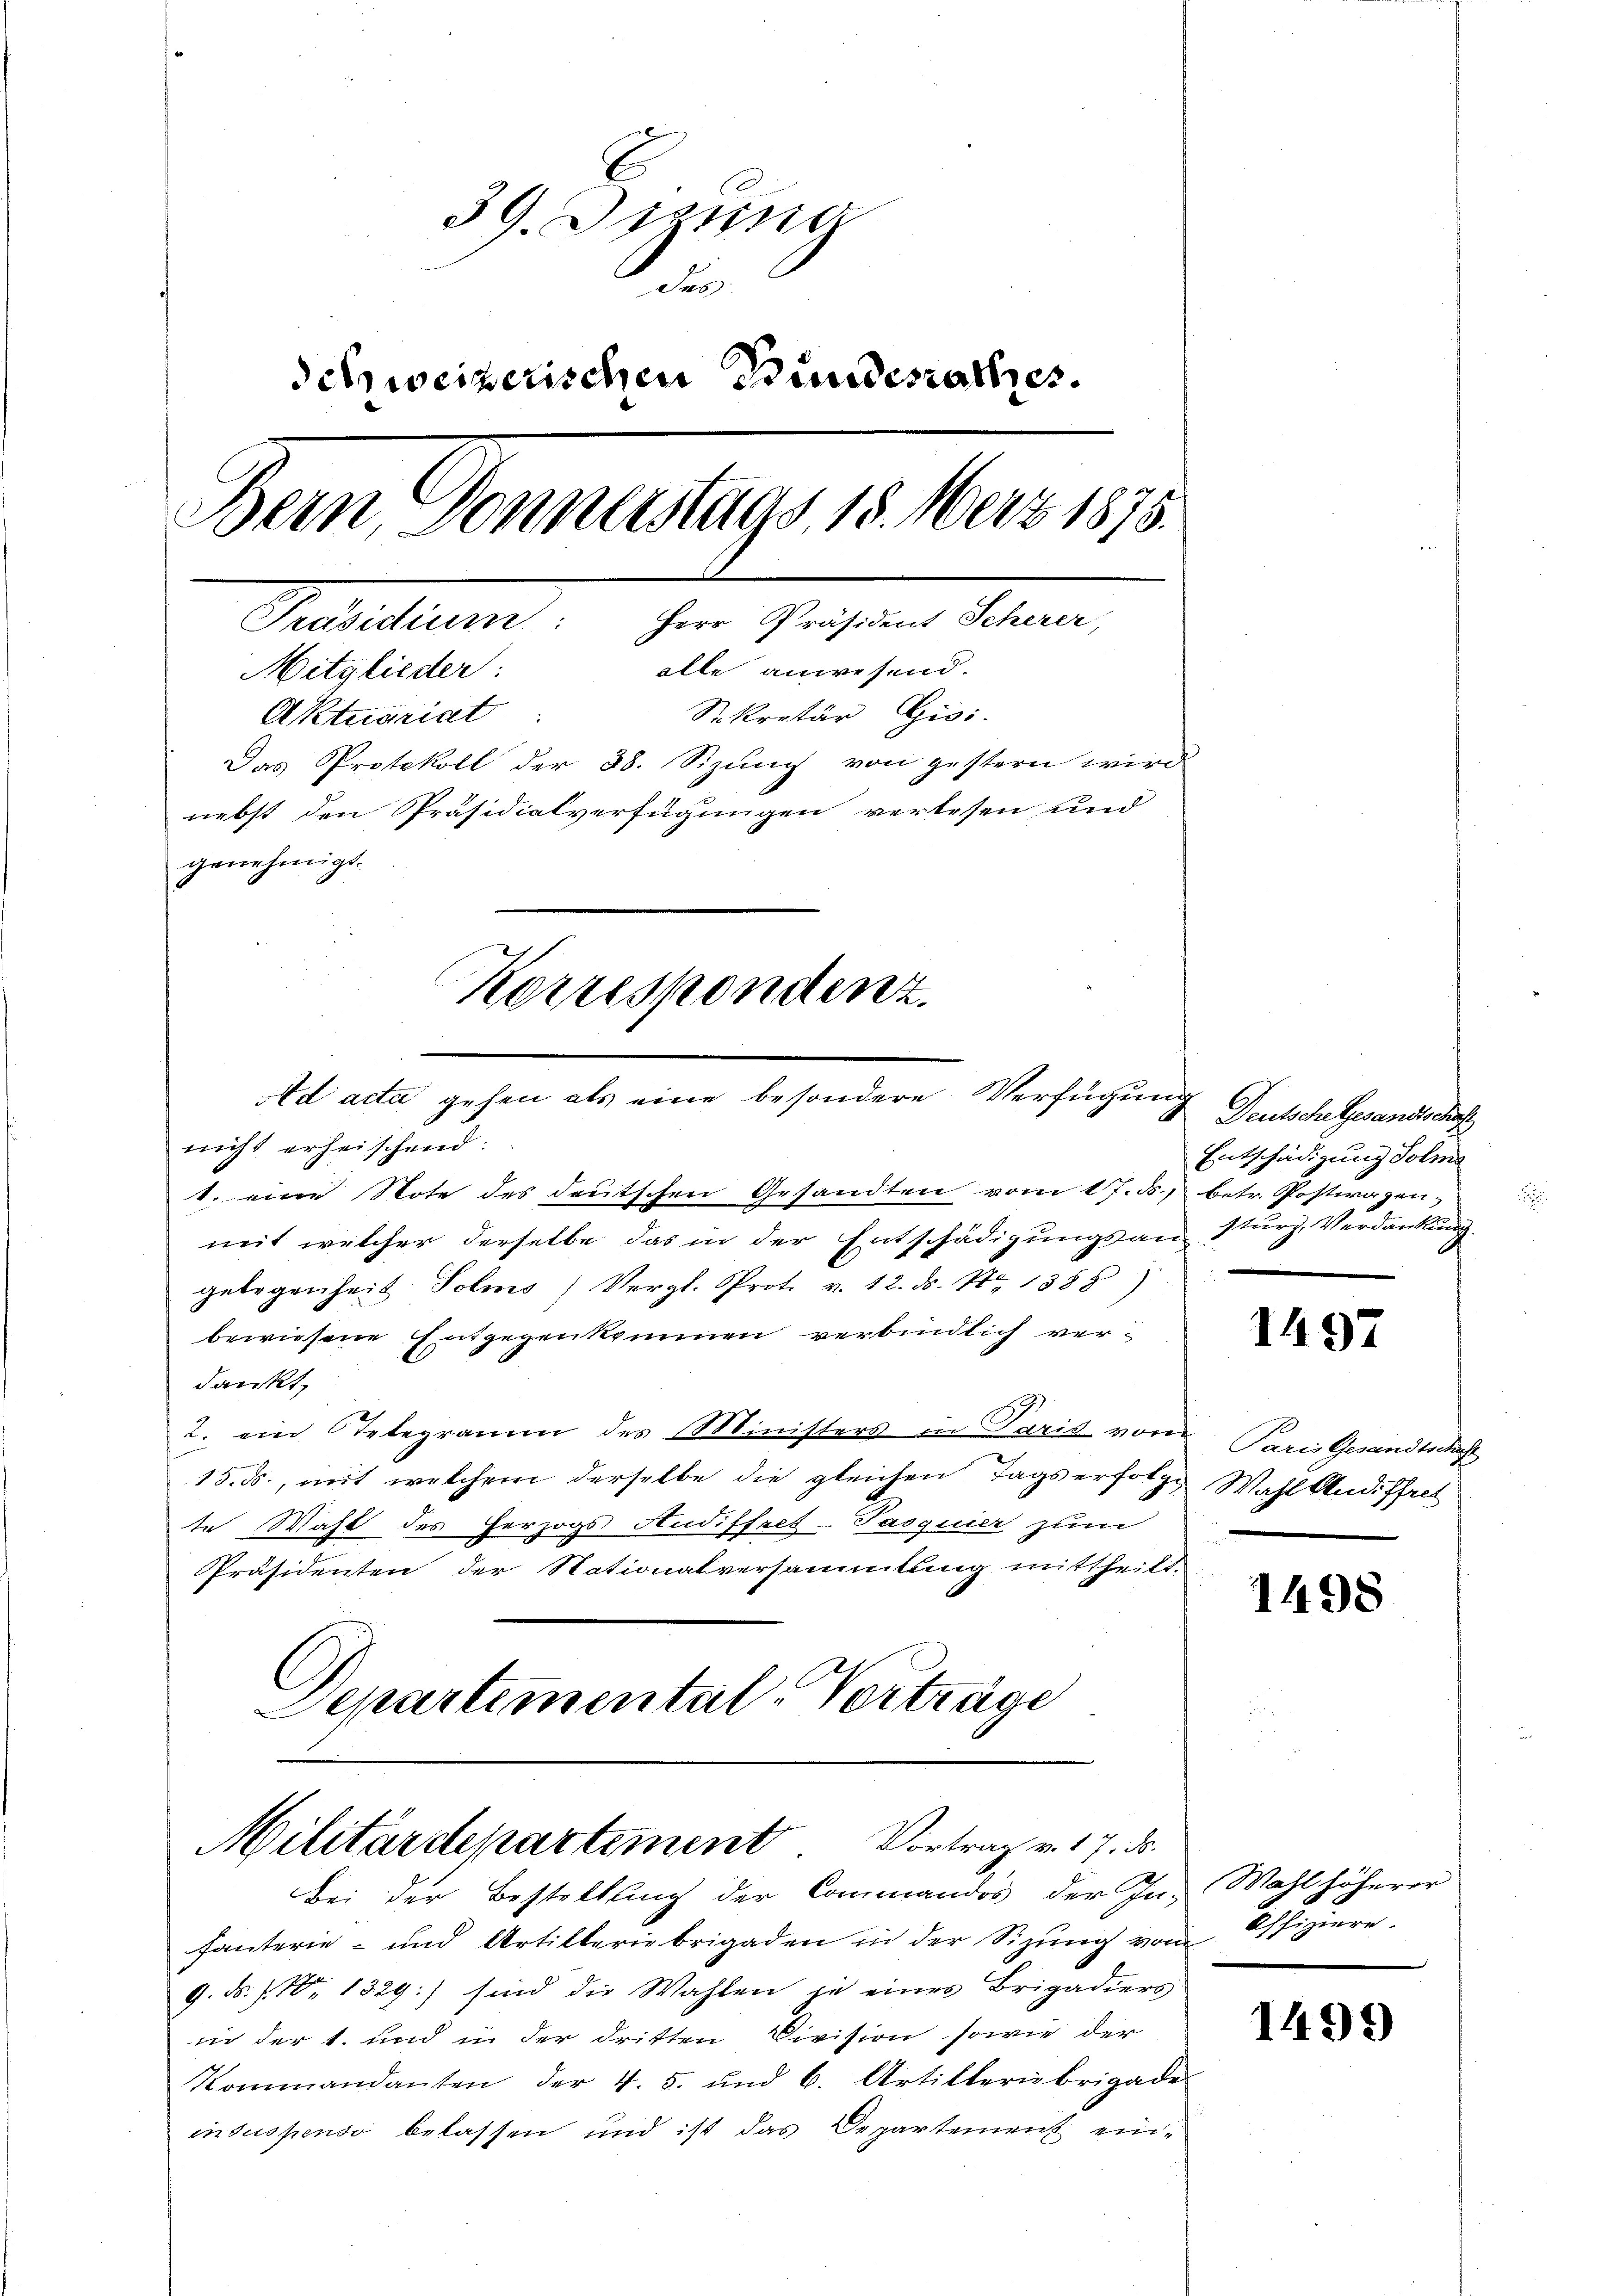
E
39. Diesig
Sees
dehweizerischen Bundesrathes.
Dem Gennantags 18. März 1878
Präsidium: Herr Präsident Scherer,
alle anwesend.
Mitglieder:
Sekretär Gisi
Aktuariat
Das Protokoll der 38. Sizung von gestern wird
nebst den Präsidiatverfügungen verlesen und
genehmigt.
Korrespondenz.

nicht erheischend:
1. eine Note des deutschen Gesandten vom 17. ds., betr. Postwagen,
mit welcher derselbe das in der Entschädigungsansturz, Verdankung.
gelegenheit Solins Vergl. Prot. v. 12. ds. 1. 1388)
bewiesene Entgegenkommen verbindlich verdankt,
2. ein Telegramm des Ministers in Paris von Paris Gesandtsche
15. ds., mit welchem derselbe die gleichen Tags erfolge Wahl Andiffret
te Wahl des Herzogs Audiffret-Pasquier zum
Präsidenten der Nationalversammlung mittheilt.
Departemental-Vorträge

Ad acta gehen als eine besondere Verfügung

Militärdepartement. Vortrag v. 17. ds.
Bei der Bestellung der Commandos der In- Wahl höherer

fanterie- und Artilleriebrigaden in der Sizung vom Offiziere.
9. ds. f. 1. 1329:) sind die Wahlen in eines Brigadiers
in der 1. und in der dritten Division sowie der
Kommandanten der 4. 5. und 6. Artilleriebrigade
in suspenso belassen und ist das Departement ein¬

Deutsche Gesandtschaff
Entschädigung Solma

1497

1498

1499